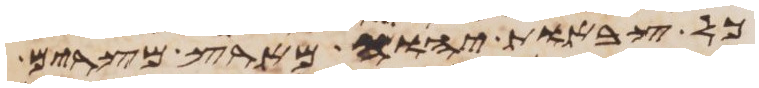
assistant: כל צבאות יהוה מארץ מצרים